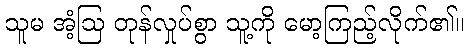
သူမ အံ့ဩ တုန်လှုပ်စွာ သူ့ကို မော့ကြည့်လိုက်၏။